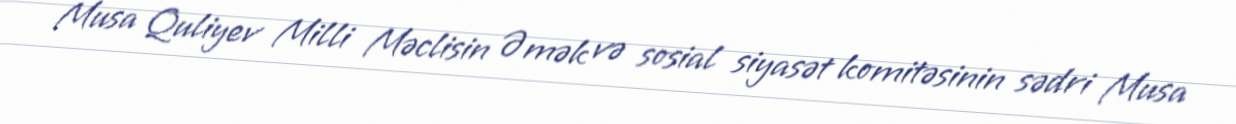
Musa Quliyev Milli Məclisin Əmək və sosial siyasət komitəsinin sədri Musa